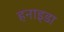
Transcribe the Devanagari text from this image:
हनाइडा